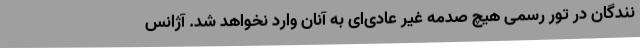
نندگان در تور رسمی هیچ صدمه غیر عادی‌ای به آنان وارد نخواهد شد. آژانس